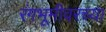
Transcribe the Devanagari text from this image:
रंगभूमीवरच्या